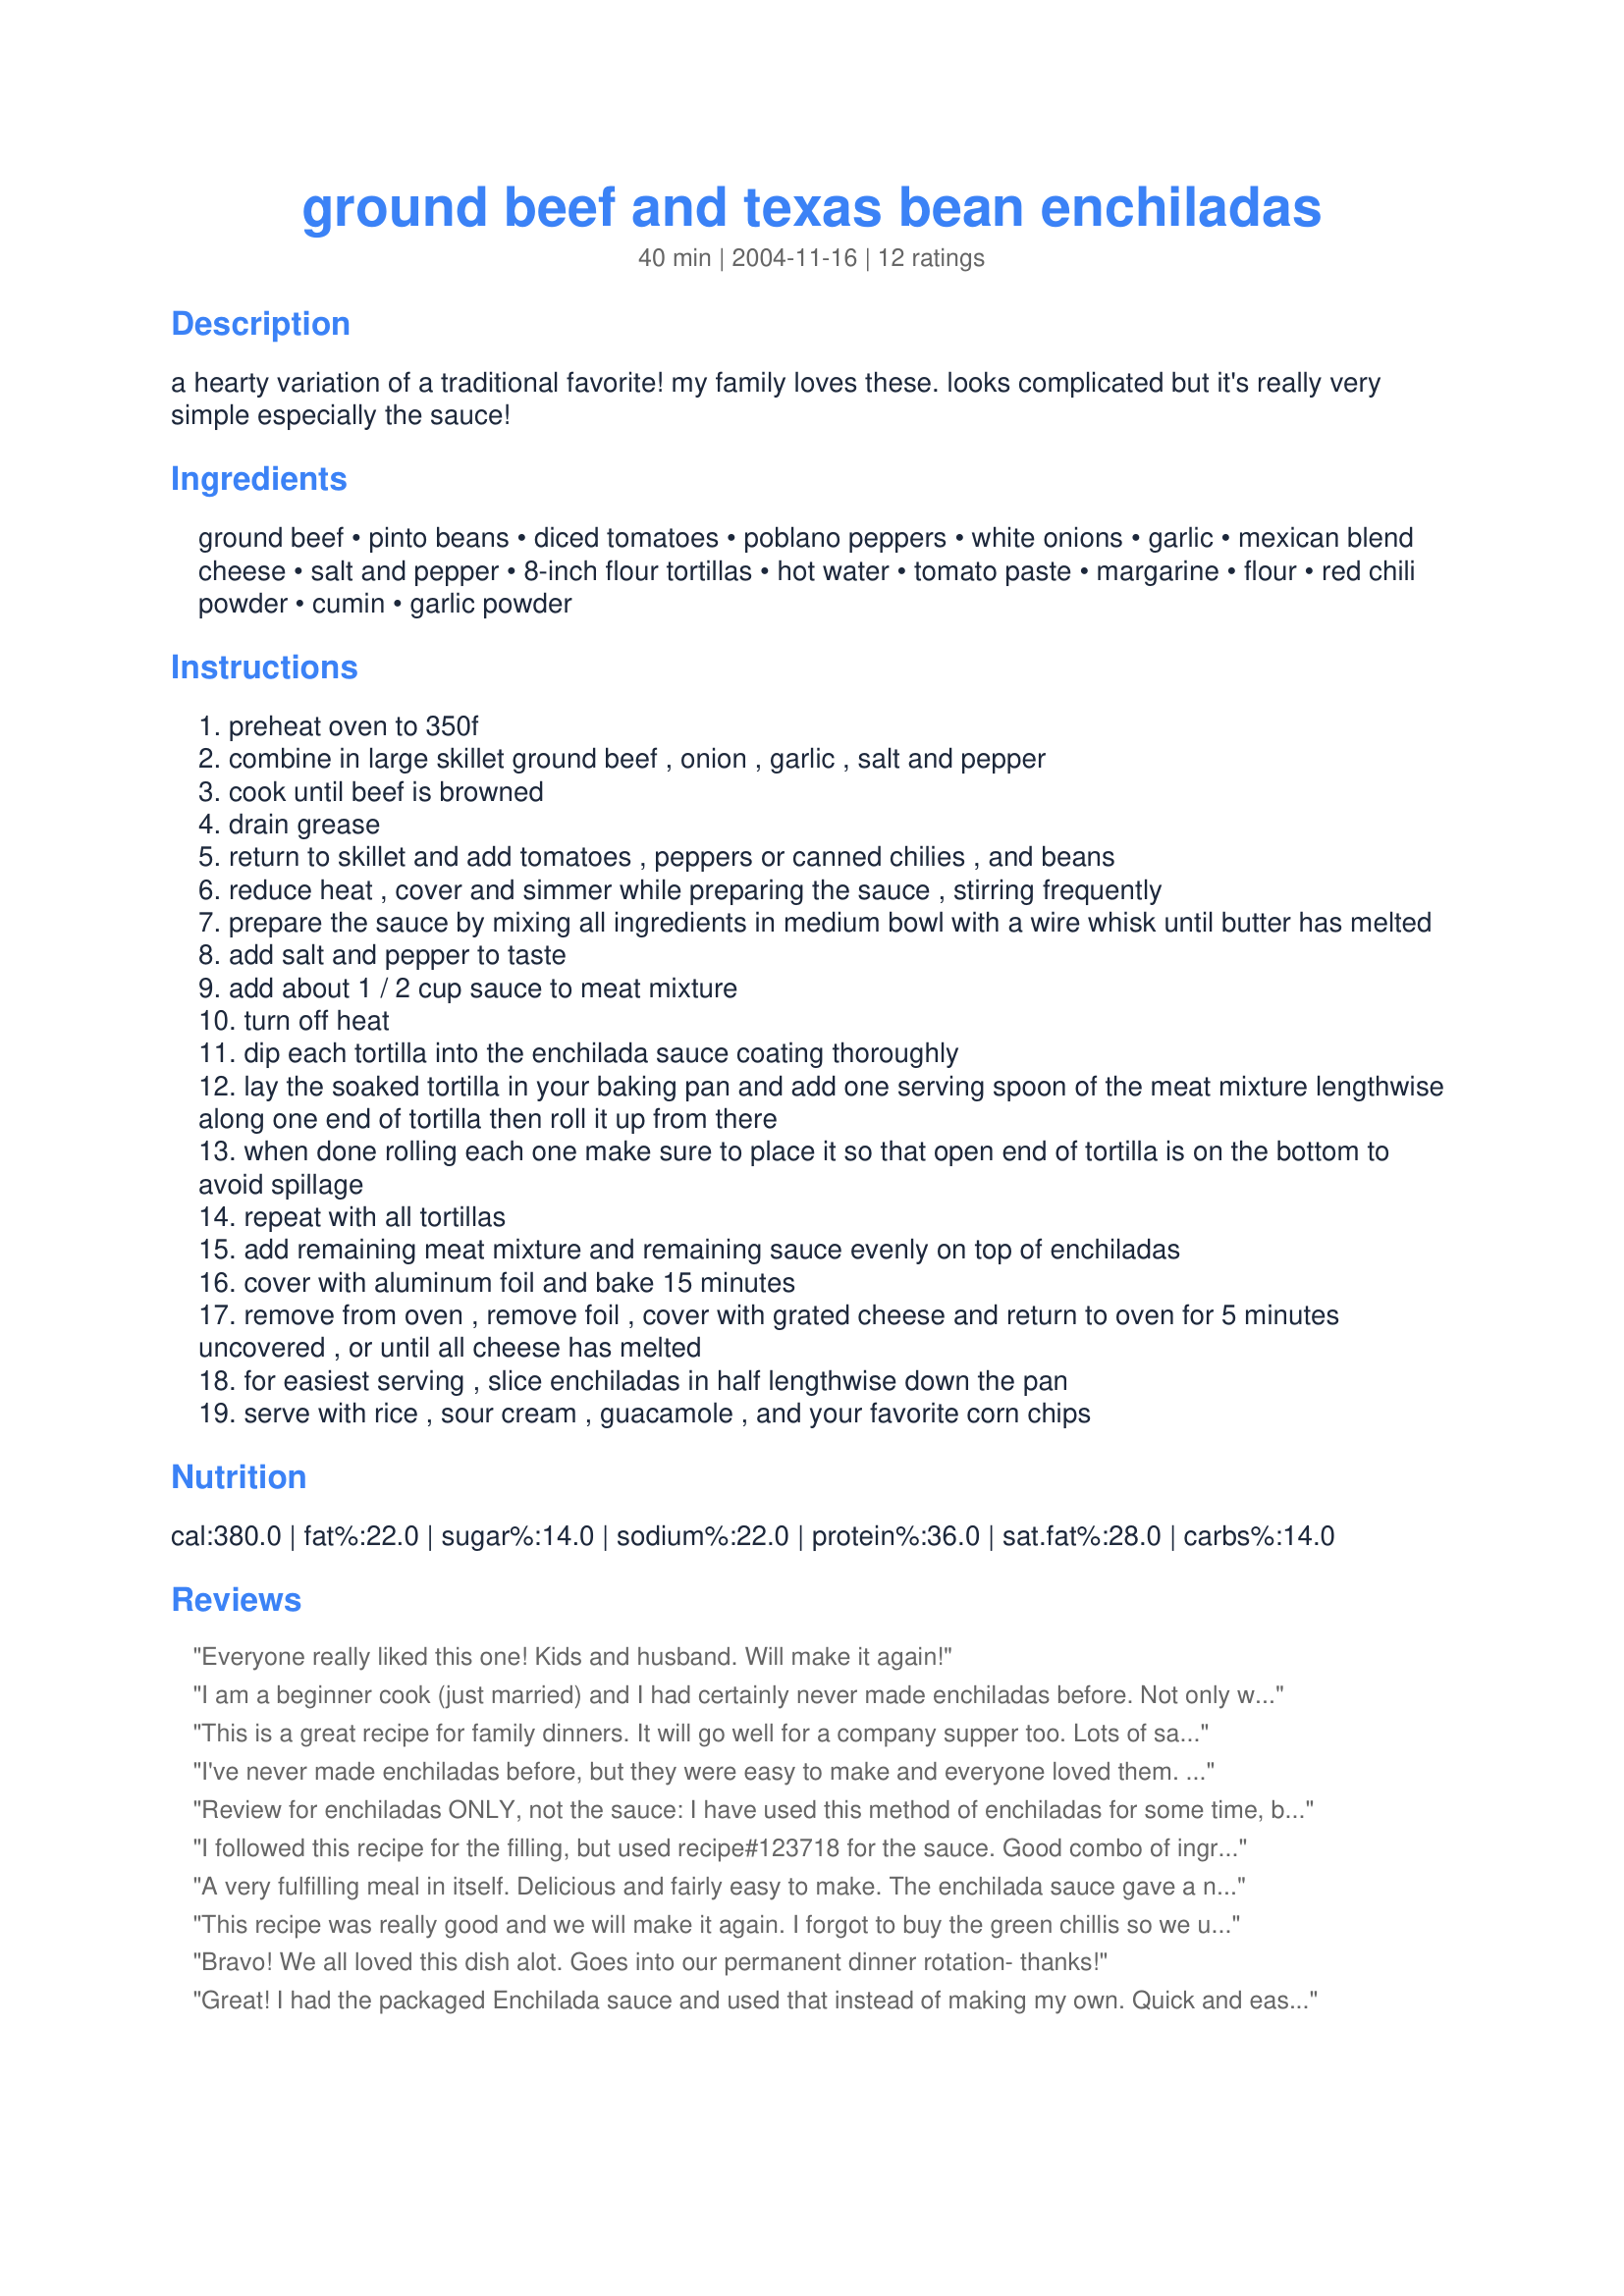
ground beef and texas bean enchiladas
Preparation time: 40 minutes

a hearty variation of a traditional favorite! my family loves these. looks complicated but it's really very simple especially the sauce!

Ingredients:
ground beef, pinto beans, diced tomatoes, poblano peppers, white onions, garlic, mexican blend cheese, salt and pepper, 8-inch flour tortillas, hot water, tomato paste, margarine, flour, red chili powder, cumin, garlic powder

Steps:
preheat oven to 350f
combine in large skillet ground beef , onion , garlic , salt and pepper
cook until beef is browned
drain grease
return to skillet and add tomatoes , peppers or canned chilies , and beans
reduce heat , cover and simmer while preparing the sauce , stirring frequently
prepare the sauce by mixing all ingredients in medium bowl with a wire whisk until butter has melted
add salt and pepper to taste
add about 1 / 2 cup sauce to meat mixture
turn off heat
dip each tortilla into the enchilada sauce coating thoroughly
lay the soaked tortilla in your baking pan and add one serving spoon of the meat mixture lengthwise along one end of tortilla then roll it up from there
when done rolling each one make sure to place it so that open end of tortilla is on the bottom to avoid spillage
repeat with all tortillas
add remaining meat mixture and remaining sauce evenly on top of enchiladas
cover with aluminum foil and bake 15 minutes
remove from oven , remove foil , cover with grated cheese and return to oven for 5 minutes uncovered , or until all cheese has melted
for easiest serving , slice enchiladas in half lengthwise down the pan
serve with rice , sour cream , guacamole , and your favorite corn chips

Reviews:
Everyone really liked this one! Kids and husband. Will make it again!
I am a beginner cook (just married) and I had certainly never made enchiladas before. Not only were these pretty easy to make, but they were absolutely delicious. My husband ate them up :) I didn't change a thing when cooking. They were perfect! I'll be making again and again. Thanks so much for sharing!!
This is a great recipe for family dinners. It will go well for a company supper too. Lots of sauce and filling for the tortillas and freezes well. I used black beans, a can of pork and beans and fresh tomatoes out of the garden. Works well this way too! Angelmingo
I've never made enchiladas before, but they were easy to make and everyone loved them. 
 THANKS!!!!
Review for enchiladas ONLY, not the sauce: I have used this method of enchiladas for some time, but I use Texas Red Enchilada Sauce #42094. I made these again this week, specifically using the Ranch-Style beans & your ingredient amounts for the enchiladas portion, and it really turned out well. DH & a guest gobbled them up. Good tip on slicing the enchiladas in half too. And, these reheat well. Thanks :)
I followed this recipe for the filling, but used recipe#123718 for the sauce. Good combo of ingredients that makes a hearty, filling enchilada.
A very fulfilling meal in itself. Delicious and fairly easy to make. The enchilada sauce gave a nice flavor. I used black beans that I cooked myself using a strip of bacon while the beans were cooking. I also used diced green chilies which gave enough heat for us. I served Recipe #36011 with this recipe. Thanks for sharing the recipe!
This recipe was really good and we will make it again. I forgot to buy the green chillis so we used one chipotle in adobo. I think two would have been better for our tastes. We used a can a black beans. This was a nice variation of enchiladas that we both enjoyed.
Bravo! We all loved this dish alot. Goes into our permanent dinner rotation- thanks!
Great! I had the packaged Enchilada sauce and used that instead of making my own. Quick and easy! Made enough to freeze for another time!
I made these but substituted Mexican rice for the beans. Other than that followed the recipe. Loved everything about these tasty babies! Thanks for sharing!
This was quick to put together and even my onion & tomato hating DD ate a whole one! I pureed the tomatoes, onions & garlic so she wouldn't notice. If you like a smooth meat sauce (which I do anyway, I suggest doing the same). The completed dish was so full of flavor! We topped with sour cream & garnished with fresh cilantro & lime.<br/>I had enough of the meat filling leftover for a good size bowl of chili. I think my meat was a little bit over a pound. Thanks for sharing!
